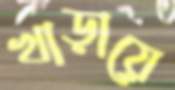
খাড়ায়ে